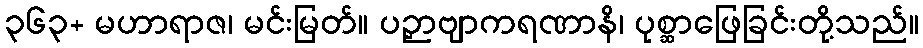
၃၆၃+ မဟာရာဇ၊ မင်းမြတ်။ ပဉှာဗျာကရဏာနိ၊ ပုစ္ဆာဖြေခြင်းတို့သည်။